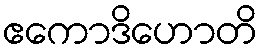
ဧကောဒိဟောတိ